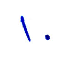
١٠